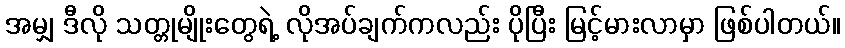
အမျှ ဒီလို သတ္တုမျိုးတွေရဲ့ လိုအပ်ချက်ကလည်း ပိုပြီး မြင့်မားလာမှာ ဖြစ်ပါတယ်။